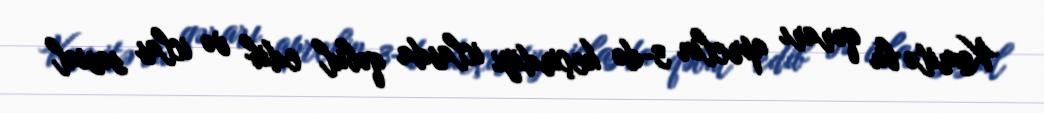
Komitə bu qərarı aprelin 3-də keçirdiyi iclasda qəbul edib və iclas sosial